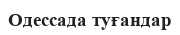
Одессада туғандар